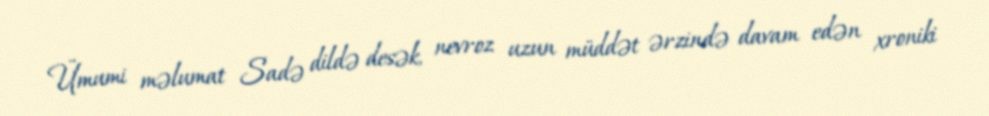
Ümumi məlumat Sadə dildə desək, nevroz uzun müddət ərzində davam edən xroniki